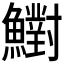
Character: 𩼷